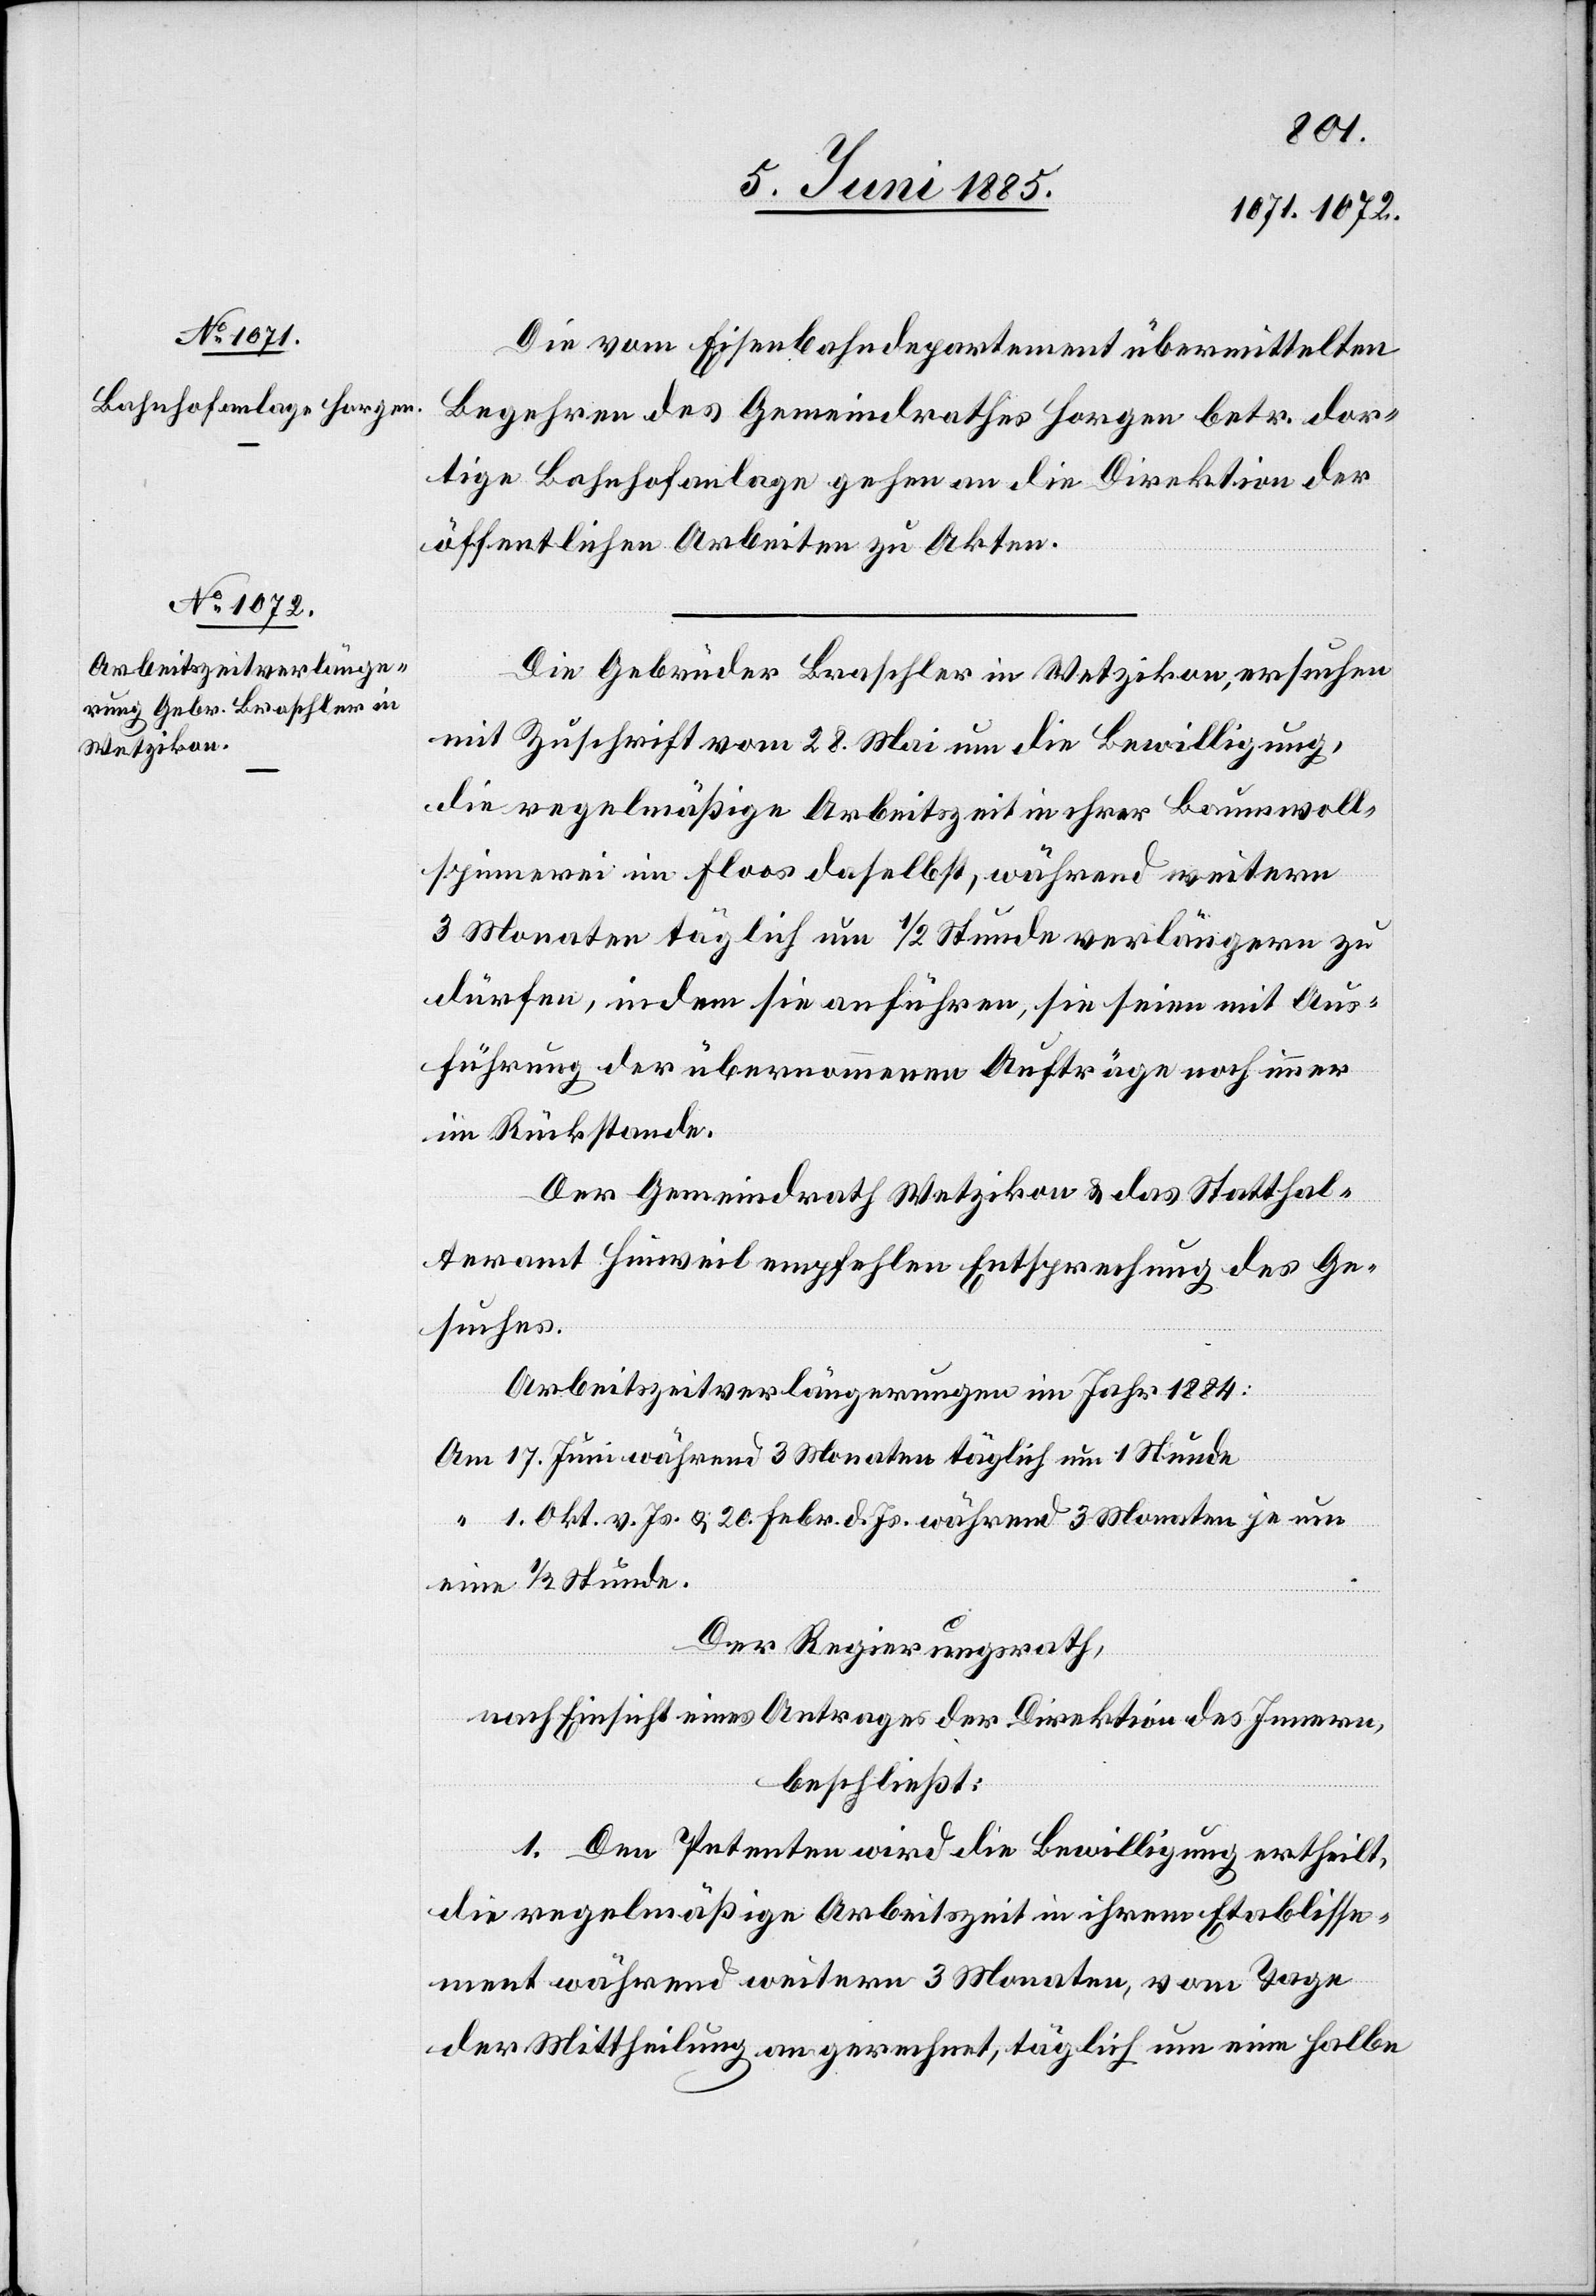
10. Juni 1885.]
Die vom Eisenbahndepartement übermittelten
Begehren des Gemeindrathes Horgen betr. dor¬
tige Bahnhofanlage gehen an die Direktion der
öffentlichen Arbeiten zu Akten.
Die Gebrüder Braschler in Wetzikon, ersuchen
mit Zuschrift vom 28. Mai um die Bewilligung,
die regelmäßige Arbeitszeit in ihrer Baumwoll¬
spinnerei im Floos daselbst, während weitern
3 Monaten täglich um 1/2 Stunde verlängern zu
dürfen, indem sie anführen, sie seien mit Aus¬
führung der übernommenen Aufträge noch immer
im Rückstande.
Der Gemeindrath Wetzikon & das Statthal¬
teramt Hinweil empfehlen Entsprechung des Ge¬
suches.
Arbeitszeitverlängerungen im Jahr 1884:
17. Juni während 3 Monaten täglich um 1 Stunde
1. Okt. v. Js. & 20. Febr. d. Js. während 3 Monaten je um
eine 1/2 Stunde.
Der Regierungsrath,
nach Einsicht eines Antrages der Direktion des Innern,
beschließt:
1. Dem Petenten wird die Bewilligung ertheilt,
die regelmäßige Arbeitszeit in ihrem Etablisse¬
ment während weitern 2 Monaten, vom Tage
der Mittheilung an gerechnet, täglich um eine halbe